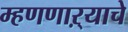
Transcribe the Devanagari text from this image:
म्हणणाऱ्याचे